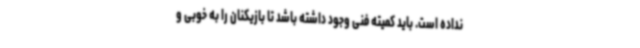
نداده است. باید کمیته فنی وجود داشته باشد تا بازیکنان را به خوبی و